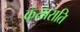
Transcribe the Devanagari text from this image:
कंसाराति